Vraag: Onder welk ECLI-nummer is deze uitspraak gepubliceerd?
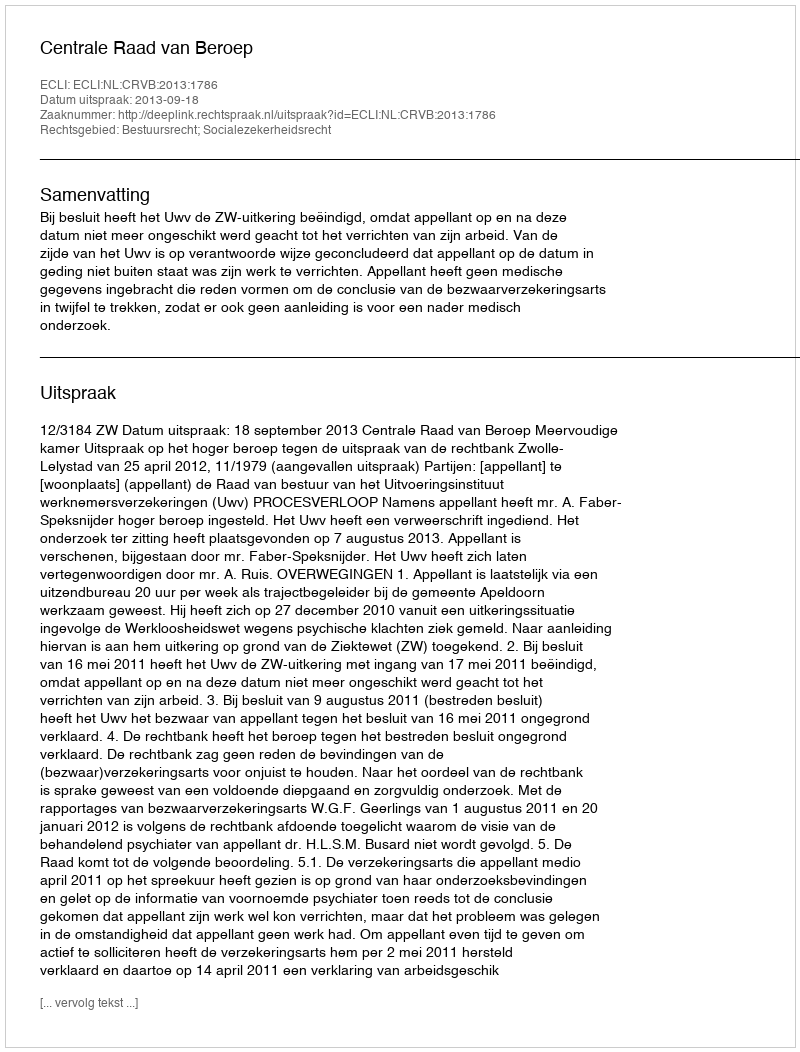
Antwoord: ECLI:NL:CRVB:2013:1786